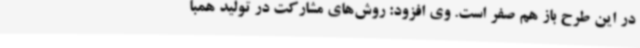
در این طرح باز هم صفر است. وی افزود: روش‌های مشارکت در تولید همبا